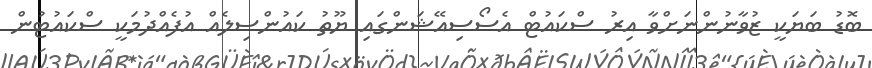
ބޮޑު ބަޔަކީ ޒުވާނުންނަށްވާ އިރު ސްކައުޓް އެސޯސިއޭޝަންގައި ޔޫތު ކައުންސިލެއް އުފެއްދުމަކީ ސްކައުޓުން